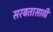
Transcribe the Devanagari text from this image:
सरबतासाठी